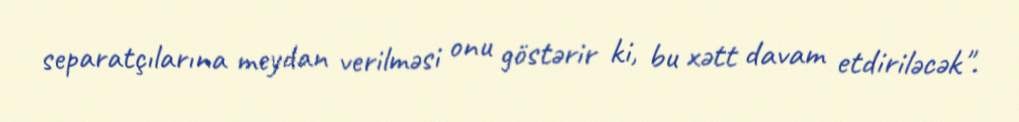
separatçılarına meydan verilməsi onu göstərir ki, bu xətt davam etdiriləcək".